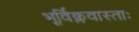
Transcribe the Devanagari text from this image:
भूर्विक्लवास्ताः